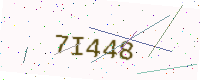
Text: 7I448